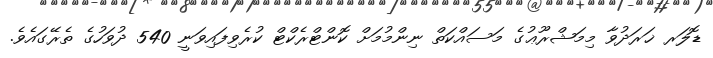
ޑޮލަރ ޚަރަދުވާ މިމަޝްރޫޢުގެ މަސައްކަތް ނިންމުމަށް ކޮންޓްރެކްޓް ކުރެވިފައިވަނީ 540 ދުވަހުގެ ތެރޭގައެވެ.